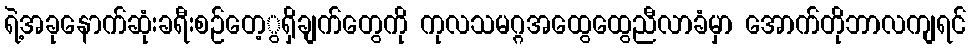
ရဲ့အခုနောက်ဆုံးခရီးစဉ်တေ့ွရှိချက်တွေကို ကုလသမဂ္ဂအထွေထွေညီလာခံမှာ အောက်တိုဘာလကျရင်